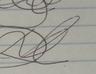
Signature authenticity: forged